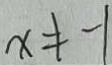
x \neq - 1